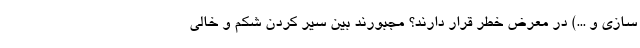
سازی و ...) در معرض خطر قرار دارند؟ مجبورند بین سیر کردن شکم و خالی